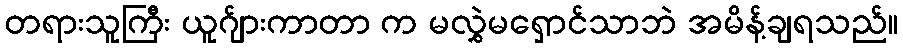
တရားသူကြီး ယူဂ်ျားကာတာ က မလွှဲမရှောင်သာဘဲ အမိန့်ချရသည်။